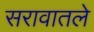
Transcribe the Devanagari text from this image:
सरावातले